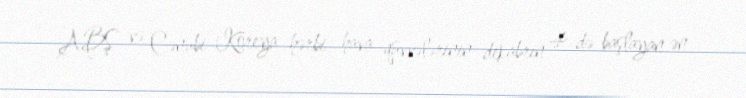
ABŞ və Cənubi Koreya hərbi hava qüvvələrinin dekabrın 4-də başlayan ən